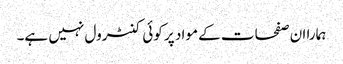
ہمارا ان صفحات کے مواد پر کوئی کنٹرول نہیں ہے۔